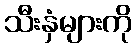
သီးနှံများကို